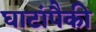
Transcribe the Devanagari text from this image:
घाटांपैकी